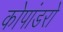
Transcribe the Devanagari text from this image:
कोपांडरो